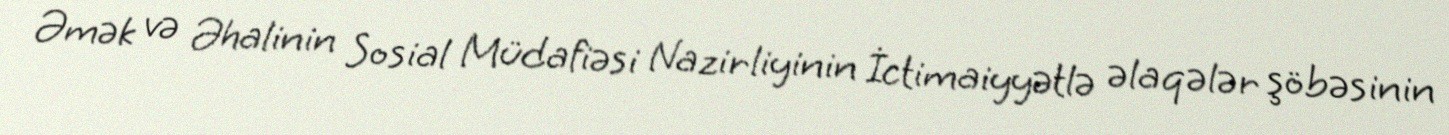
Əmək və Əhalinin Sosial Müdafiəsi Nazirliyinin İctimaiyyətlə əlaqələr şöbəsinin